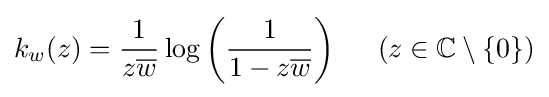
k_{w}(z)={\frac {1}{z{\overline {w}}}}\log \left({\frac {1}{1-z{\overline {w}}}}\right)\;\;\;\;\;(z\in \mathbb {C} \setminus \{0\})